Lunatic asylums Bombay report 1878-1890 - 1878-1890
Year: 1878
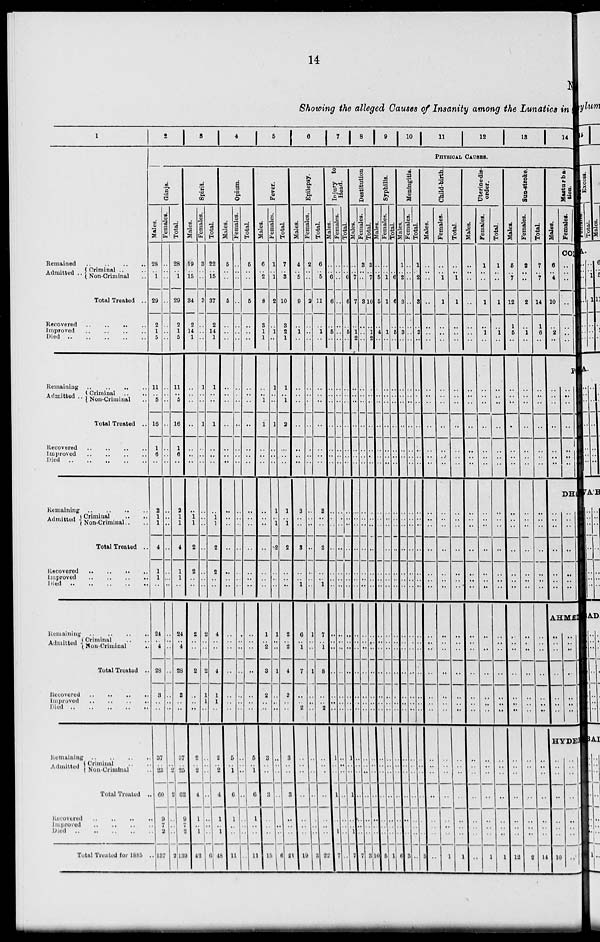
14
N
Showing the alleged Causes of Insanity among the Lunatics in
1
Remained .. .. .. ..
Admitted .. Criminal ..
Non-Criminal ..
Total Treated ..
Recovered .. .. .. ..
Improved .. .. .. ..
Died .. .. .. .. ..
Remaining .. .. .. ..
Admitted .. Criminal .. ..
Non-Criminal ..
Total Treated ..
Recovered .. .. .. ..
Improved .. .. .. ..
Died .. .. .. .. ..
Remaining .. .. .. ..
Admitted
Criminal .. ..
Non-Criminal.. ..
Total Treated ..
Recovered .. .. .. ..
Improved
..
..
..
..
Died .. .. .. .. ..
Remaining .. .. .. ..
Admitted Criminal .. ..
Non-Criminal
..
Total Treated ..
Recovered .. .. .. ..
Improved .. .. .. ..
Died .. .. .. .. ..
Remaining .. .. .. ..
Admitted Criminal .. ..
Non-Criminal ..
Total Treated ..
Recovered .. .. .. ..
Improved .. .. .. ..
Died .. .. .. .. ..
Total Treated for 1885 ..
2
3
4 5
6
7 8
9
10
11
12 13
14
PHYSICAL CAUSES.
Gánja.
Males.
28
..
1
29
2
1
5
11
..
5
16
1
6
..
2
1
1
4
1
1
..
24
..
4
28
3
..
..
37
..
23
60
9
7
2
437
Females.
..
..
..
..
..
..
..
..
..
..
..
..
..
..
..
..
..
..
..
..
..
..
..
..
..
..
..
..
..
..
2
2
..
..
..
2
Total.
28
..
1
29
2
1
5
11
..
5
16
1
6
..
2
1
1
4
1
1
..
24
..
4
28
3
..
..
37
..
25
62
9
7
2
439
Spirit.
Males.
19
..
15
34
2
14
1
..
..
..
..
..
..
..
..
1
1
2
2
..
..
2
..
..
2
..
..
..
2
..
2
4
1
..
1
43
Females.
3
..
..
3
..
..
..
1
..
..
1
..
..
..
..
..
..
..
..
..
..
2
..
..
2
1
1
..
..
..
..
..
..
..
..
6
Total.
22
..
15
37
2
14
1
1
..
..
1
..
..
..
..
1
1
2
2
..
..
4
..
..
4
1
1
..
2
..
2
4
1
..
1
48
Opium.
Males.
5
..
..
5
..
..
..
..
..
..
..
..
..
..
..
..
..
..
..
..
..
..
..
..
..
..
..
..
5
..
1
6
1
..
..
11
Females.
..
..
..
..
..
..
..
..
..
..
..
..
..
..
..
..
..
..
..
..
..
..
..
..
..
..
..
..
..
..
..
..
..
..
..
..
Total.
5
..
..
5
..
..
..
..
..
..
..
..
..
..
..
..
..
..
..
..
..
..
..
..
..
..
..
..
5
..
1
6
1
..
..
11
Fever.
Males.
6
..
2
8
3
1
1
..
..
1
1
..
..
..
..
..
..
..
..
..
..
1
..
2
3
2
..
..
3
..
..
3
..
..
..
15
Females.
1
..
1
2
..
1
..
1
..
..
1
..
..
..
1
..
1
2
..
..
..
1
..
..
1
..
..
..
..
..
..
..
..
..
..
6
Total.
7
..
3
10
3
2
1
1
..
1
2
..
..
..
1
..
1
2
..
..
..
2
..
2
4
2
..
..
3
..
..
3
..
..
..
21
Epilepsy.
Males.
4
..
5
9
..
1
..
..
..
..
..
..
..
..
3
..
..
3
..
..
1
6
..
1
7
..
..
2
..
..
..
..
..
..
..
19
Females.
2
..
..
2
..
..
..
..
..
..
..
..
..
..
..
..
..
..
..
..
..
1
..
..
1
..
..
..
..
..
..
..
..
..
..
3
Total.
6
..
5
11
..
1
..
..
..
..
..
..
..
..
3
..
..
3
..
..
1
7
..
1
8
..
..
2
..
..
..
..
..
..
..
22
Injury to
Head.
Males.
..
..
6
6
..
5
..
..
..
..
..
..
..
..
..
..
..
..
..
..
..
..
..
..
..
..
..
..
1
..
..
1
..
..
1
7
Females.
..
..
..
..
..
..
..
..
..
..
..
..
..
..
..
..
..
..
..
..
..
..
..
..
..
..
..
..
..
..
..
..
..
..
..
..
Total.
..
..
6
6
..
5
..
..
..
..
..
..
..
..
..
..
..
..
..
..
..
..
..
..
..
..
..
..
1
..
..
1
..
..
1
7
Destitution
Males.
..
..
7
7
..
1
2
..
..
..
..
..
..
..
..
..
..
..
..
..
..
..
..
..
..
..
..
..
..
..
..
..
..
..
..
7
Females.
3
..
..
3
..
..
..
..
..
..
..
..
..
..
..
..
..
..
..
..
..
..
..
..
..
..
..
..
..
..
..
..
..
..
..
3
Total.
3
..
7
10
..
1
2
..
..
..
..
..
..
..
..
..
..
..
..
..
..
..
..
..
..
..
..
..
..
..
..
..
..
..
..
10
Syphilis.
Males.
..
..
5
5
..
4
..
..
..
..
..
..
..
..
..
..
..
..
..
..
..
..
..
..
..
..
..
..
..
..
..
..
..
..
..
5
Females.
..
..
1
1
..
1
..
..
..
..
..
..
..
..
..
..
..
..
..
..
..
..
..
..
..
..
..
..
..
..
..
..
..
..
..
1
Total.
..
..
6
6
..
5
..
..
..
..
..
..
..
..
..
..
..
..
..
..
..
..
..
..
..
..
..
..
..
..
..
..
..
..
..
6
Meningitis.
Males.
1
..
2
3
..
3
..
..
..
..
..
..
..
..
..
..
..
..
..
..
..
..
..
..
..
..
..
..
..
..
..
..
..
..
..
3
Females.
..
..
..
..
..
..
..
..
..
..
..
..
..
..
..
..
..
..
..
..
..
..
..
..
..
..
..
..
..
..
..
..
..
..
..
..
Total.
1
..
2
3
..
3
..
..
..
..
..
..
..
..
..
..
..
..
..
..
..
..
..
..
..
..
..
..
..
..
..
..
..
..
..
3
Child-birth.
Males.
..
..
..
..
..
..
..
..
..
..
..
..
..
..
..
..
..
..
..
..
..
..
..
..
..
..
..
..
..
..
..
..
..
..
..
..
Females.
..
..
1
1
..
..
..
..
..
..
..
..
..
..
..
..
..
..
..
..
..
..
..
..
..
..
..
..
..
..
..
..
..
..
..
1
Total.
..
..
1
1
..
..
..
..
..
..
..
..
..
..
..
..
..
..
..
..
..
..
..
..
..
..
..
..
..
..
..
..
..
..
..
1
Uterine dis-
order.
Males.
..
..
..
..
..
..
..
..
..
..
..
..
..
..
..
..
..
..
..
..
..
..
..
..
..
..
..
..
..
..
..
..
..
..
..
..
Females.
1
..
..
1
..
1
..
..
..
..
..
..
..
..
..
..
..
..
..
..
..
..
..
..
..
..
..
..
..
..
..
..
..
..
..
1
Total.
1
..
..
1
..
1
..
..
..
..
..
..
..
..
..
..
..
..
..
..
..
..
..
..
..
..
..
..
..
..
..
..
..
..
..
1
Sun-stroke.
Males.
5
..
7
12
1
5
..
..
..
..
..
..
..
..
..
..
..
..
..
..
..
..
..
..
..
..
..
..
..
..
..
..
..
..
..
12
Females.
2
..
..
2
..
1
..
..
..
..
..
..
..
..
..
..
..
..
..
..
..
..
..
..
..
..
..
..
..
..
..
..
..
..
..
2
Total.
7
..
7
14
1
6
..
..
..
..
..
..
..
..
..
..
..
..
..
..
..
..
..
..
..
..
..
..
..
..
..
..
..
..
..
14
Masturba-
tion.
Males.
6
..
4
10
..
2
..
..
..
..
..
..
..
..
Females.
CO
..
..
..
..
..
..
.. P
..
..
..
..
..
..
..
DHA
..
..
..
..
..
..
..
..
..
..
..
..
..
..
AHME
..
..
..
..
..
..
..
..
..
..
..
..
..
..
HYDE
..
..
..
..
..
..
..
10
..
..
..
..
..
..
..
..